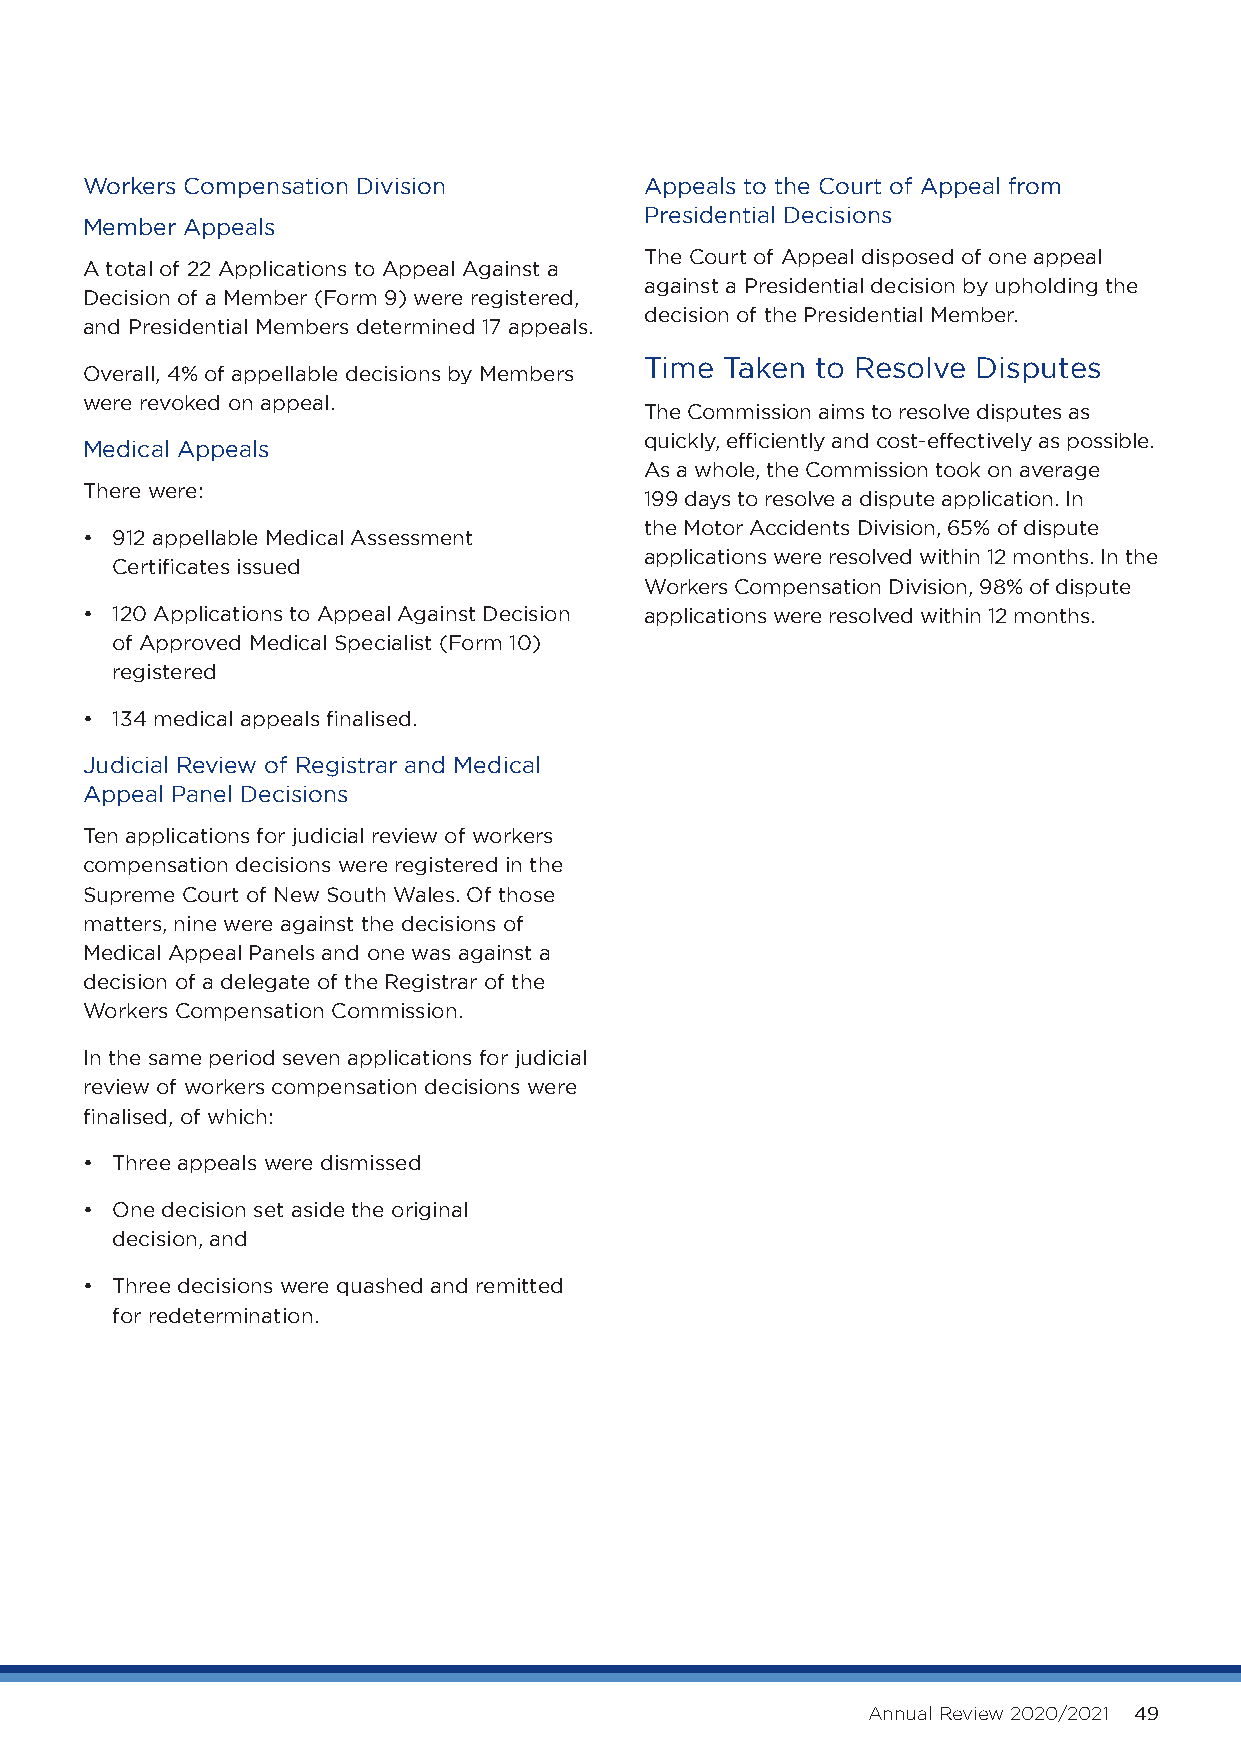
Workers Compensation Division         Appeals to the Court of Appeal from
 Presidential Decisions
 Member Appeals
 The Court of Appeal disposed of one appeal
 A total of 22 Applications to Appeal Against a
 against a Presidential decision by upholding the
 Decision of a Member (Form 9) were registered,
 decision of the Presidential Member.
 and Presidential Members determined 17 appeals.
 Time Taken to Resolve Disputes
 Overall, 4% of appellable decisions by Members
 were revoked on appeal.
 The Commission aims to resolve disputes as
 quickly, efficiently and cost-effectively as possible.
 Medical Appeals
 As a whole, the Commission took on average
 There were:
 199 days to resolve a dispute application. In
 the Motor Accidents Division, 65% of dispute
 • 9 12 appellable Medical Assessment
 applications were resolved within 12 months. In the
 Certificates issued
 Workers Compensation Division, 98% of dispute
 • 1 20 Applications to Appeal Against Decision applications were resolved within 12 months.
 of Approved Medical Specialist (Form 10)
 registered
 • 134 medical appeals finalised.
 Judicial Review of Registrar and Medical
 Appeal Panel Decisions
 Ten applications for judicial review of workers
 compensation decisions were registered in the
 Supreme Court of New South Wales. Of those
 matters, nine were against the decisions of
 Medical Appeal Panels and one was against a
 decision of a delegate of the Registrar of the
 Workers Compensation Commission.
 In the same period seven applications for judicial
 review of workers compensation decisions were
 finalised, of which:
 • Three appeals were dismissed
 • O ne decision set aside the original
 decision, and
 • T hree decisions were quashed and remitted
 for redetermination.
 Annual Review 2020/2021 49